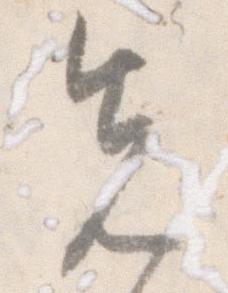
先